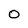
Character: 0